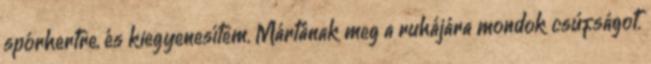
spórhertre, és kiegyenesítem. Mártának meg a ruhájára mondok csúfságot.